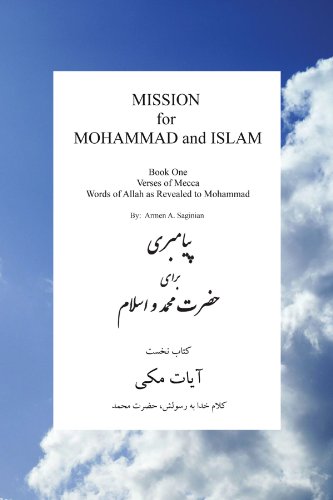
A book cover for Mission For Mohammad And Islam: Book One Verses of Mecca Words of Allah as Revealed to Mohammad (Multilingual Edition); Armen A Saginian; Religion & Spirituality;